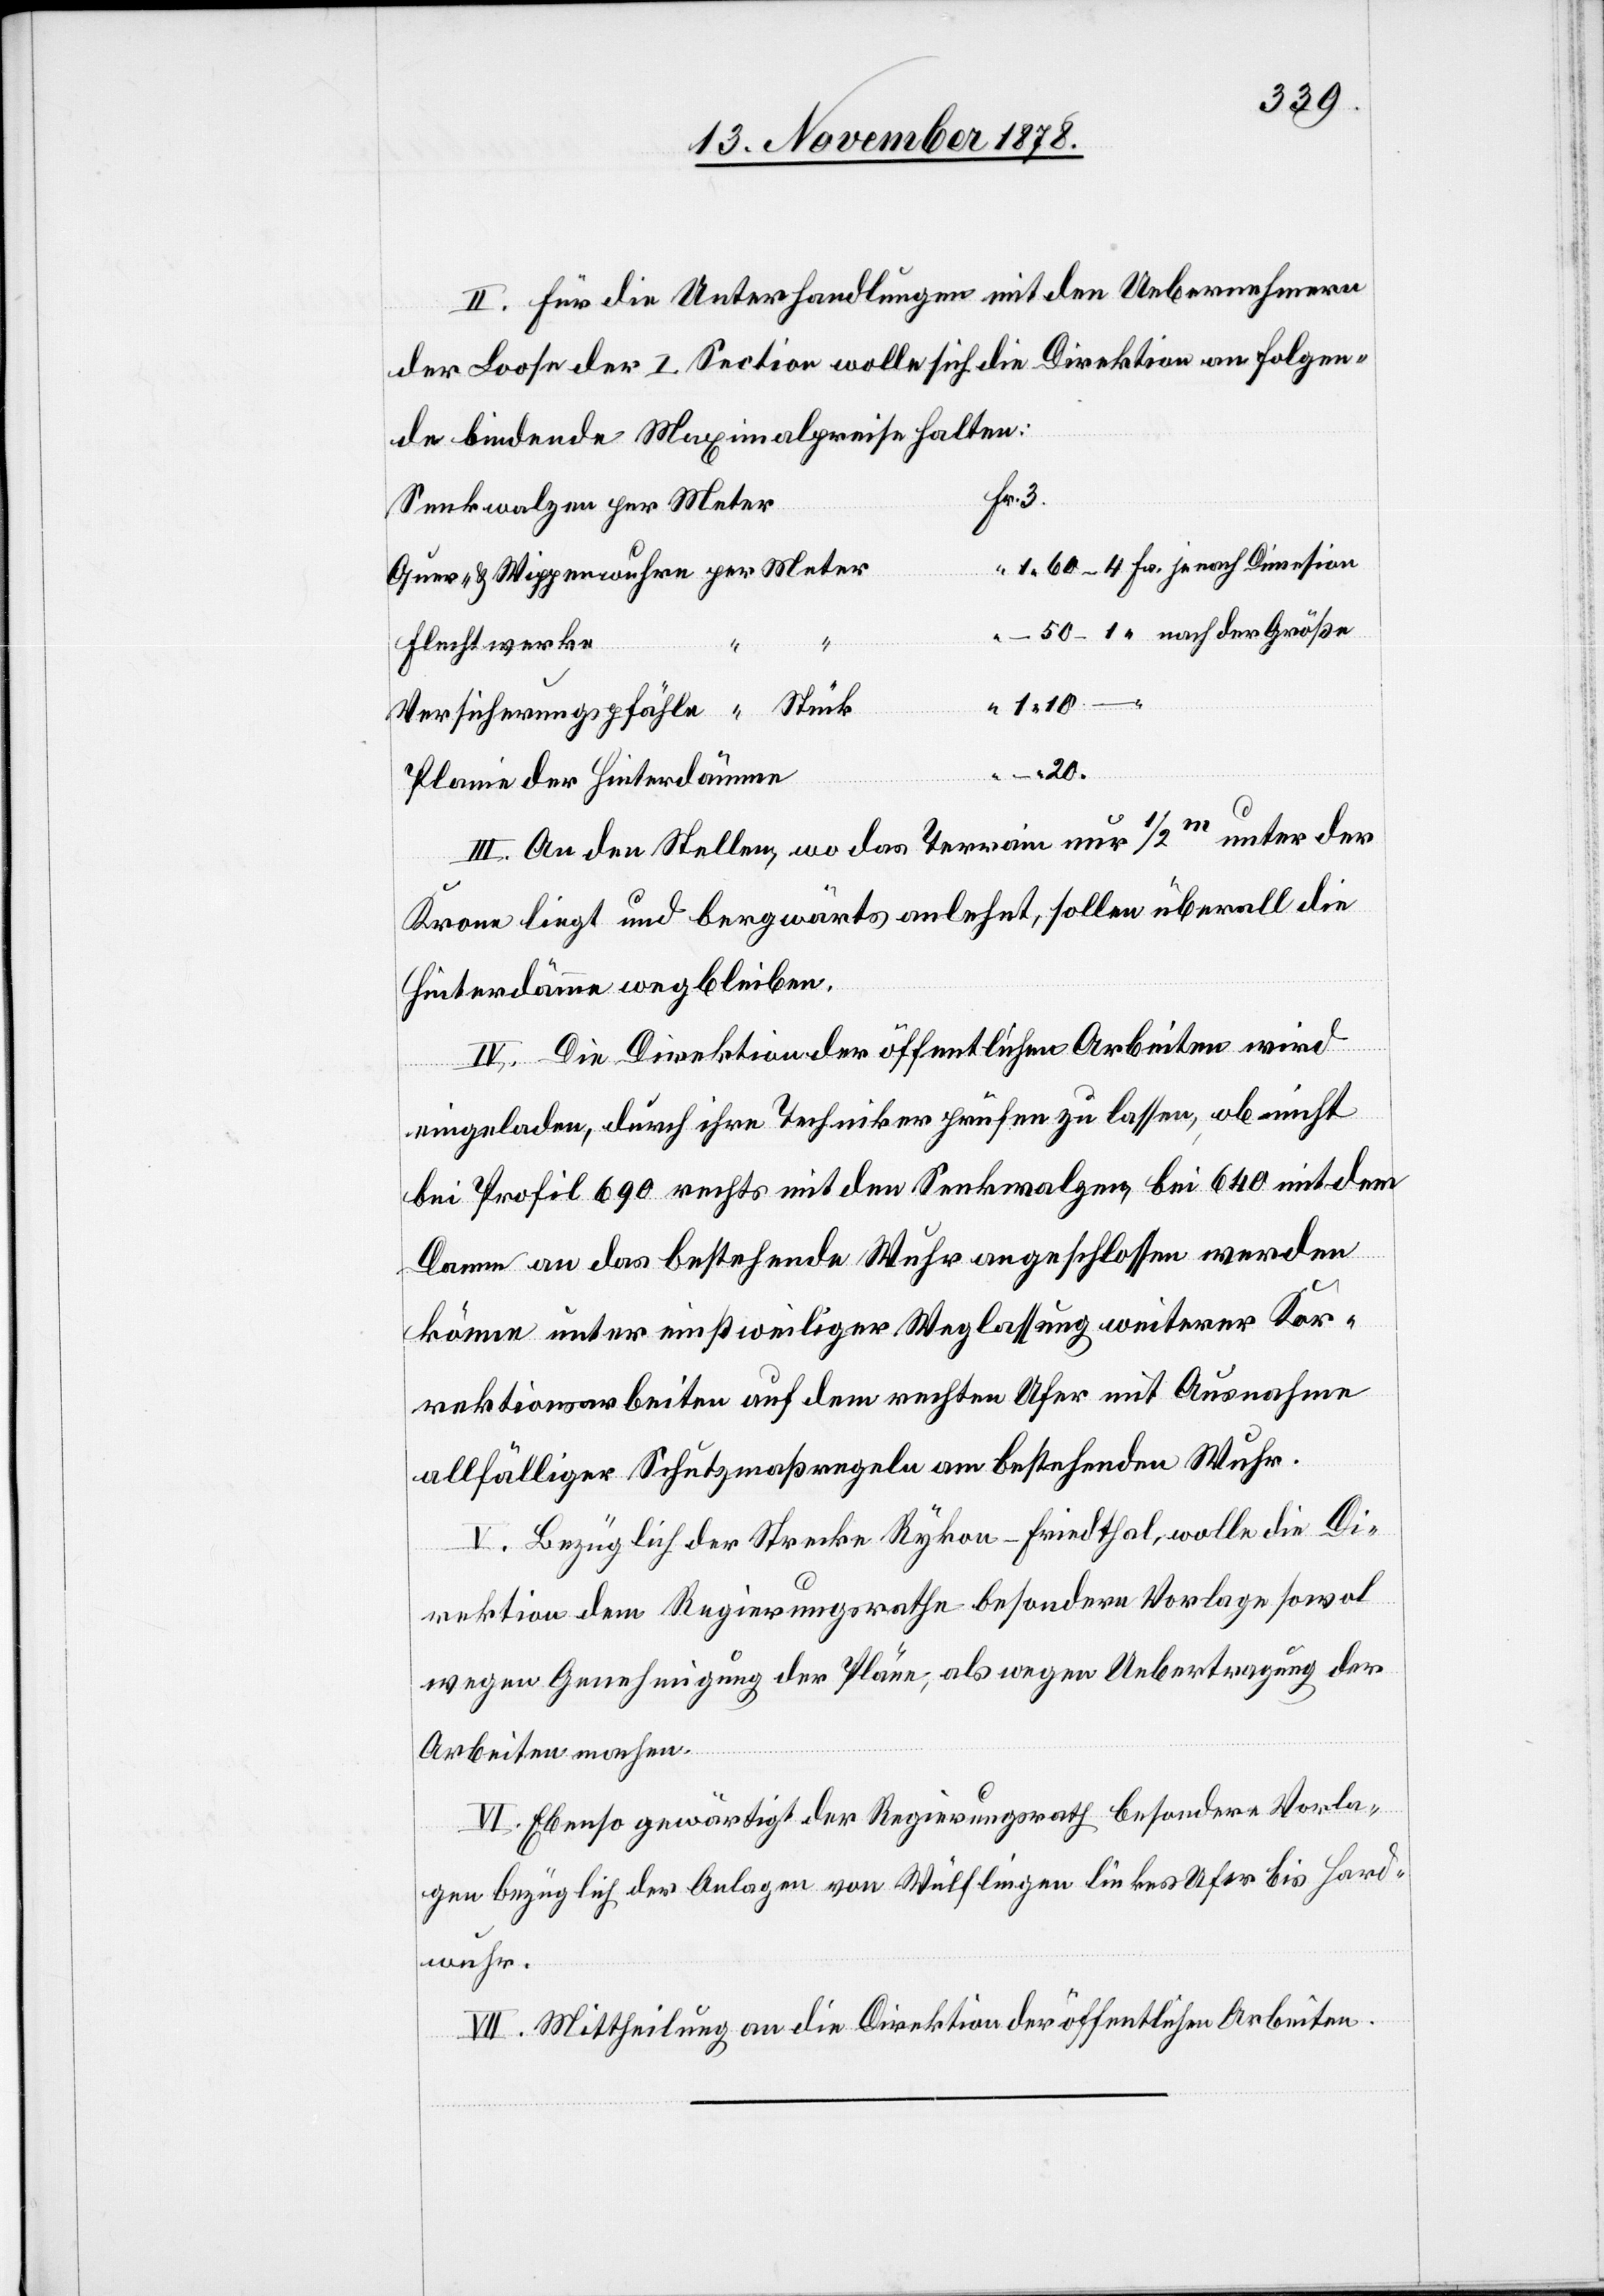
II. Für die Unterhandlungen mit den Uebernehmern
der Loose der I. Section wolle sich die Direktion an folgen¬
de bindende Maximalpreise halten:
Fr.
Senkwalzen per Meter
“ 1 60–4 Fr. je nach Dimension
Quer- & Wipperwuhren per Meter
50–1 “ nach der Größe
“ “ –
Fluchtwerke
3
Versicherungspfähle “ Stück
“ –
20.
Plamie der Hinterdämme
III. An den Stellen, wo das Terrain nur 1/2m unter der
Krone liegt und bergwärts anlehnt, sollen überall die
Hinterdämme wegbleiben.
IV. Die Direktion der öffentlichen Arbeiten wird
eingeladen, durch ihre Techniker prüfen zu lassen, ob nicht
bei Profil 690 rechts mit den Senkwalzen, bei 640 mit dem
Damm an das bestehende Wuhr angeschlossen werden
könne unter einstweiliger Weglassung weiterer Kor¬
rektionsarbeiten auf dem rechten Ufer mit Ausnahme
allfälliger Schutzmaßregeln am bestehenden Wuhr.
V. Bezüglich der Strecke Rykon–Friedthal, wolle die Di¬
rektion dem Regierungsrathe besondere Vorlage sowol
wegen Genehmigung der Pläne, als wegen Uebertragung der
Arbeiten machen.
VI. Ebenso gewärtigt der Regierungsrath besondere Vorla¬
gen bezüglich der Anlagen von Wülflingen linkes Ufer bis Hard¬
wuhr.
VII. Mittheilung an die Direktion der öffentlichen Arbeiten.